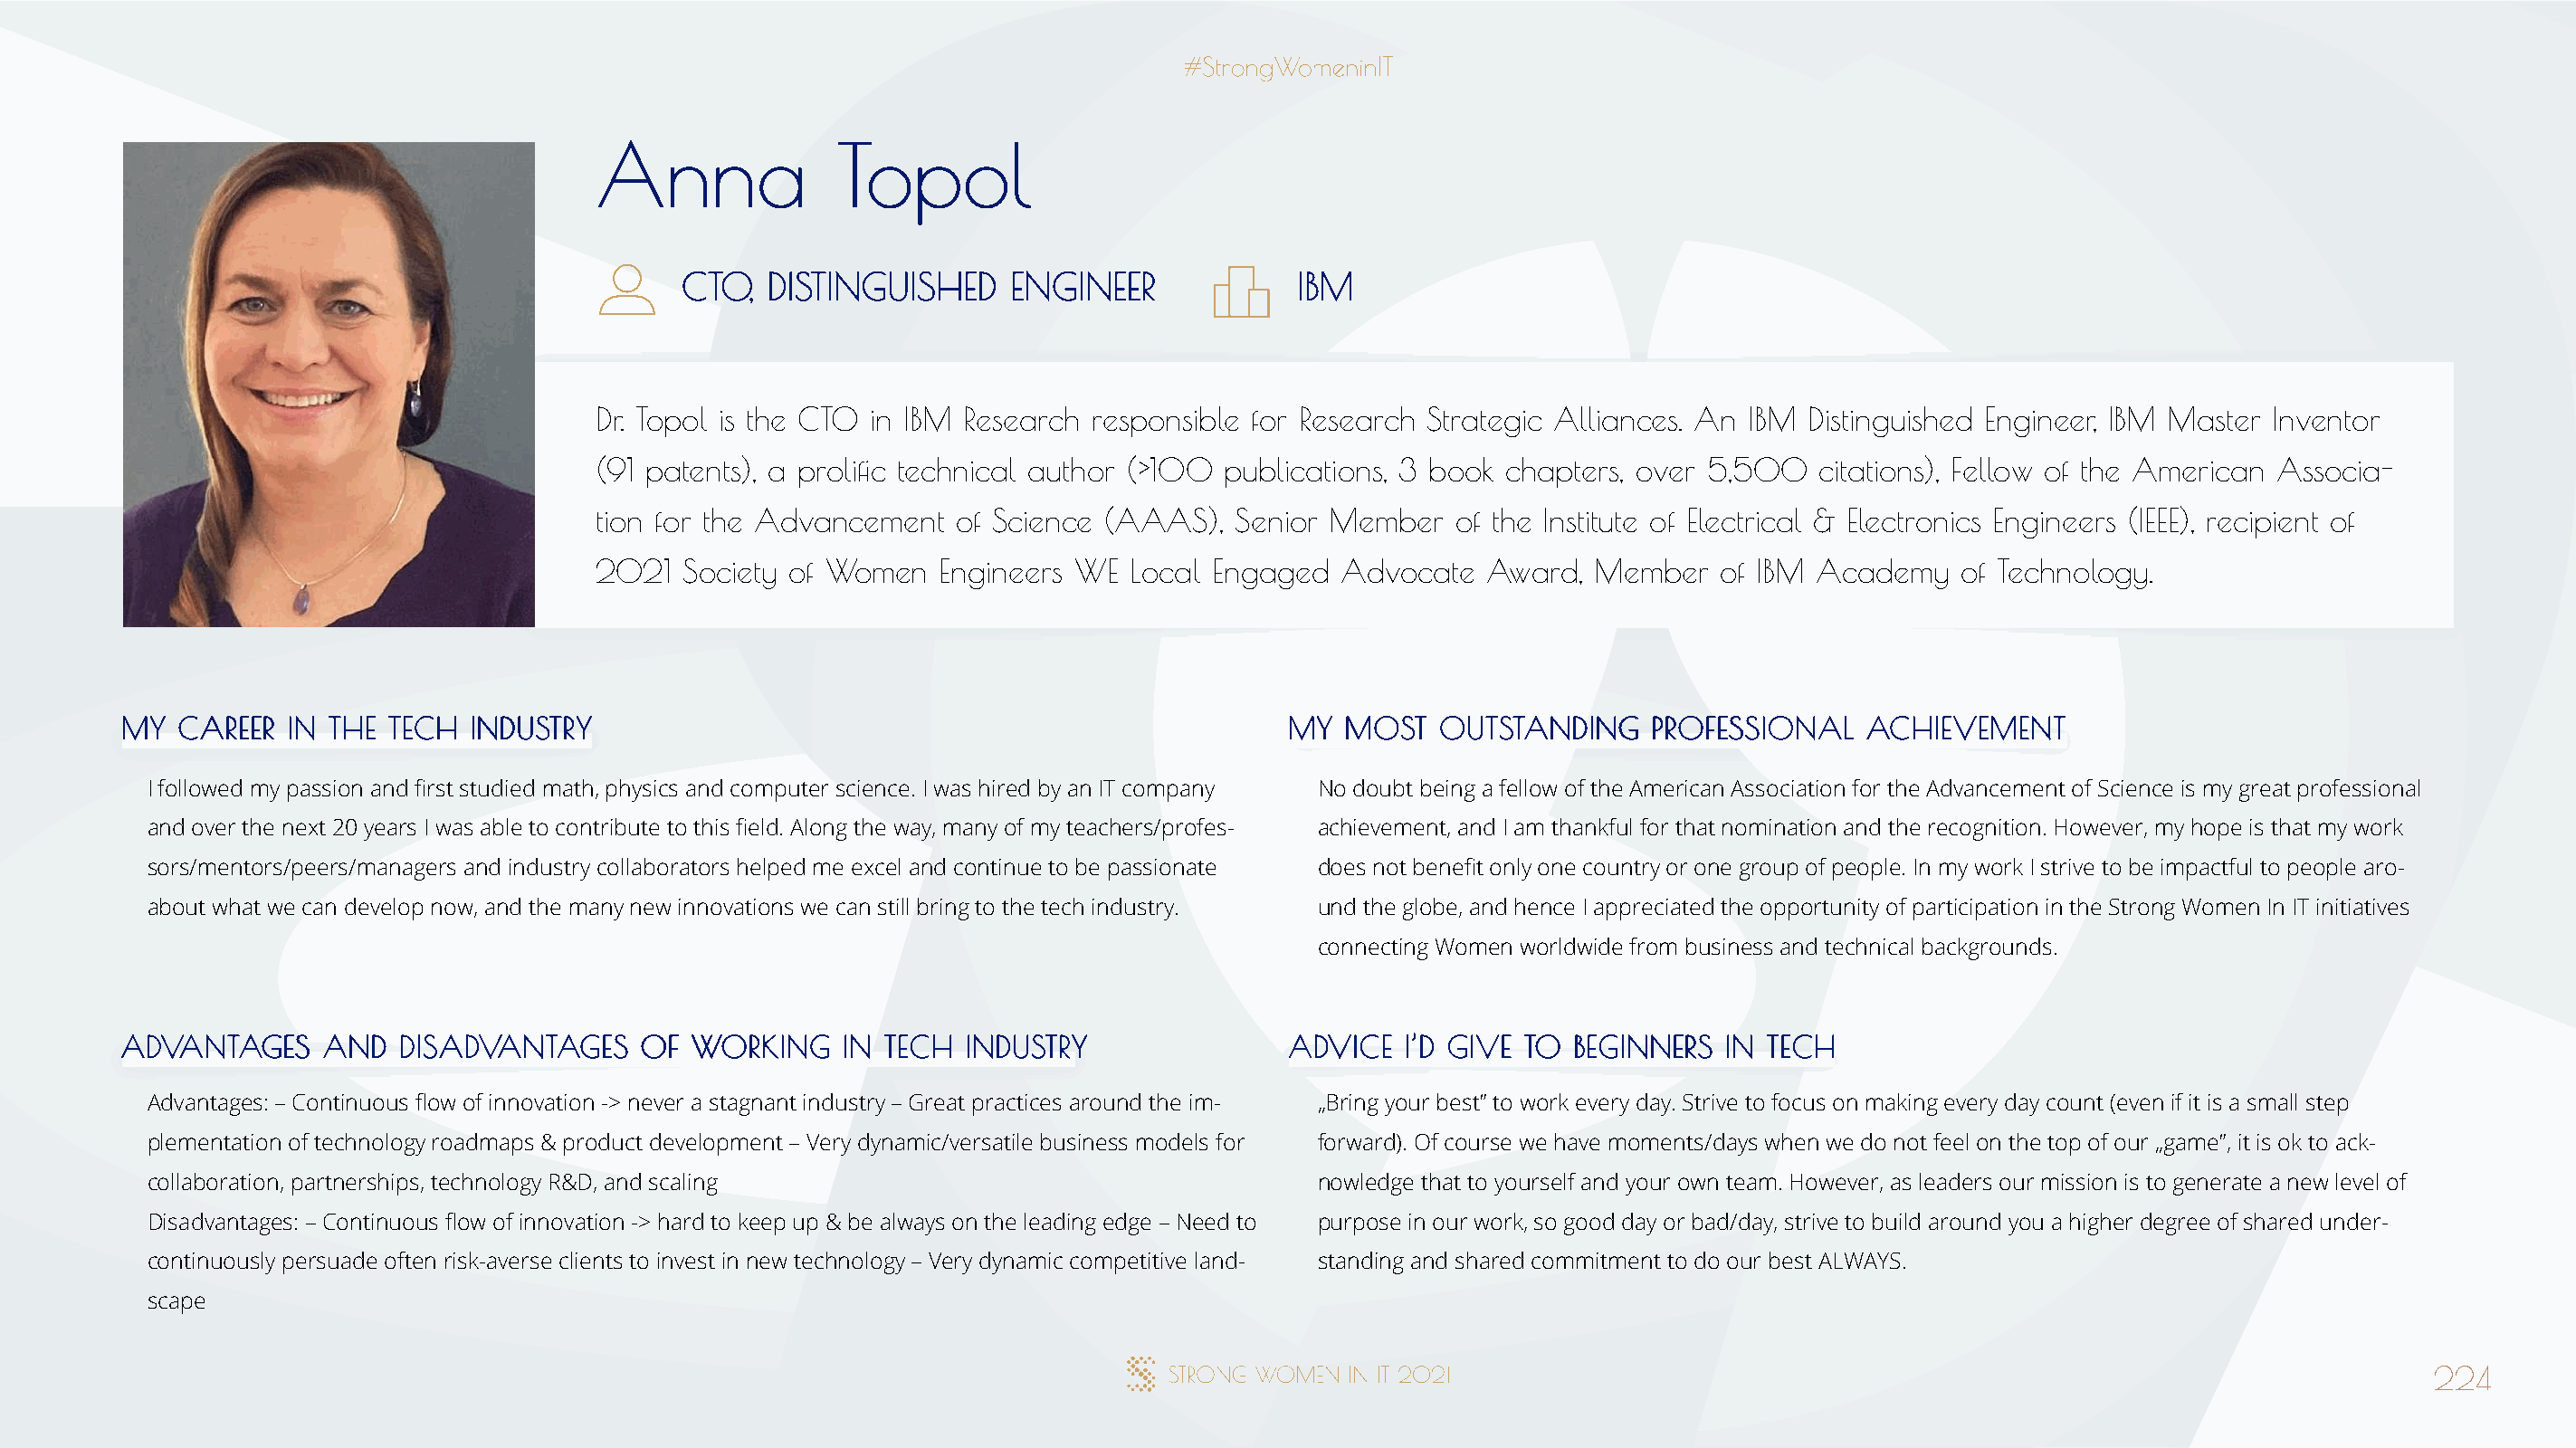
AAnnnnaa         TTooppooll
 CCTTOO,, DDIISSTTIINNGGUUIISSHHEEDD EENNGGIINNEEEERR IIBBMM
 Dr. Topol is the CTO in IBM Research responsible for Research Strategic Alliances. An IBM Distinguished Engineer, IBM Master Inventor
 (91 patents), a prolific technical author (>100 publications, 3 book chapters, over 5,500 citations), Fellow of the American Associa-
 tion for the Advancement  of Science (AAAS),  Senior Member   of the Institute of Electrical & Electronics Engineers (IEEE), recipient of
 2021  Society of Women   Engineers WE  Local Engaged  Advocate   Award,  Member   of IBM Academy   of Technology.
 MMYY CCAARREEEERR IINN TTHHEE TTEECCHH IINNDDUUSSTTRRYY                              MMYY MMOOSSTT OOUUTTSSTTAANNDDIINNGG PPRROOFFEESSSSIIOONNAALL AACCHHIIEEVVEEMMEENNTT
 I followed my passion and first studied math, physics and computer science. I was hired by an IT company No doubt being a fellow of the American Association for the Advancement of Science is my great professional
 and over the next 20 years I was able to contribute to this field. Along the way, many of my teachers/profes- achievement, and I am thankful for that nomination and the recognition. However, my hope is that my work
 sors/mentors/peers/managers and industry collaborators helped me excel and continue to be passionate does not benefit only one country or one group of people. In my work I strive to be impactful to people aro-
 about what we can develop now, and the many new innovations we can still bring to the tech industry. und the globe, and hence I appreciated the opportunity of participation in the Strong Women In IT initiatives
 connecting Women worldwide from business and technical backgrounds.
 AADDVVAANNTTAAGGEESS AANNDD DDIISSAADDVVAANNTTAAGGEESS OOFF WWOORRKKIINNGG IINN TTEECCHH IINNDDUUSSTTRRYY AADDVVIICCEE II’’DD GGIIVVEE TTOO BBEEGGIINNNNEERRSS IINN TTEECCHH
 Advantages: – Continuous flow of innovation -> never a stagnant industry – Great practices around the im- „Bring your best” to work every day. Strive to focus on making every day count (even if it is a small step
 plementation of technology roadmaps & product development – Very dynamic/versatile business models for forward). Of course we have moments/days when we do not feel on the top of our „game”, it is ok to ack-
 collaboration, partnerships, technology R&D, and scaling                             nowledge that to yourself and your own team. However, as leaders our mission is to generate a new level of
 Disadvantages: – Continuous flow of innovation -> hard to keep up & be always on the leading edge – Need to purpose in our work, so good day or bad/day, strive to build around you a higher degree of shared under-
 continuously persuade often risk-averse clients to invest in new technology – Very dynamic competitive land- standing and shared commitment to do our best ALWAYS.
 scape
 224